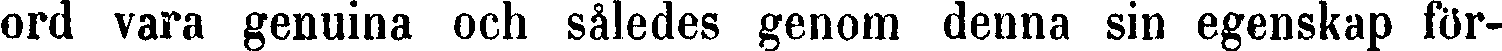
ord vara genuina och således genom denna sin egenskap för-